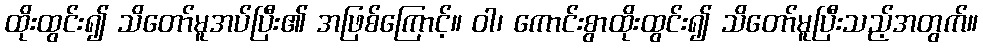
ထိုးထွင်း၍ သိတော်မူအပ်ပြီး၏ အဖြစ်ကြောင့်။ ဝါ၊ ကောင်းစွာထိုးထွင်း၍ သိတော်မူပြီးသည့်အတွက်။